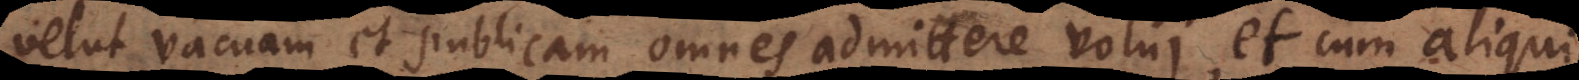
velut vacuam et publicam omnes admittere volui, et cum aliqui